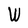
Character: W